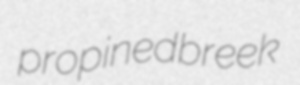
propined breek